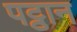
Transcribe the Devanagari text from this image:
पट्ठान